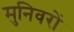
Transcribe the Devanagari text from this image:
मुनिवरों